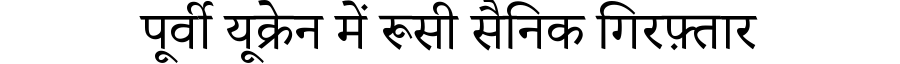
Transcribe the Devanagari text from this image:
पूर्वी यूक्रेन में रूसी सैनिक गिरफ़्तार